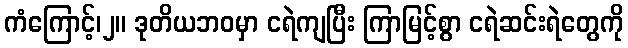
ကံကြောင့်၊၂။ ဒုတိယဘဝမှာ ငရဲကျပြီး ကြာမြင့်စွာ ငရဲဆင်းရဲတွေကို